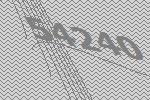
54240